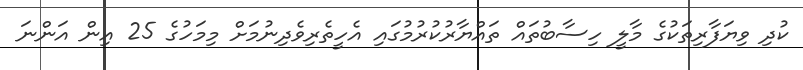
ކުދި ވިޔަފާރިތަކުގެ މާލީ ހިސާބުތައް ތައްޔާރުކުރުމުގައި އެހީތެރިވެދިނުމަށް މިމަހުގެ 25 އިން އަންނަ